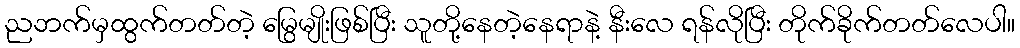
ညဘက်မှထွက်တတ်တဲ့ မြွေမျိုးဖြစ်ပြီး သူတို့နေတဲ့နေရာနဲ့ နီးလေ ရန်လိုပြီး တိုက်ခိုက်တတ်လေပါ။